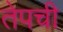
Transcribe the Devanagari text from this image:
तेपची